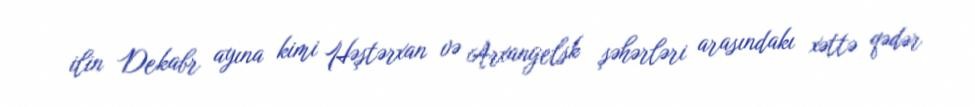
ilin Dekabr ayına kimi Həştərxan və Arxangelsk şəhərləri arasındakı xəttə qədər